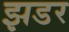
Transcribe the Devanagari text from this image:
झडर